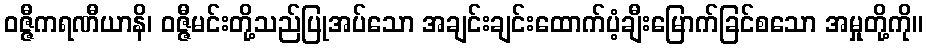
ဝဇ္ဇီကရဏီယာနိ၊ ဝဇ္ဇီမင်းတို့သည်ပြုအပ်သော အချင်းချင်းထောက်ပံ့ချီးမြောက်ခြင်စသော အမှုတို့ကို။